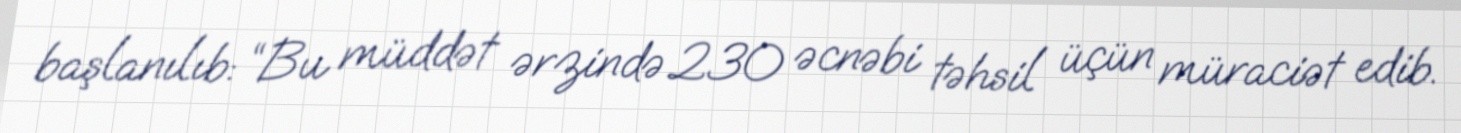
başlanılıb: “Bu müddət ərzində 230 əcnəbi təhsil üçün müraciət edib.